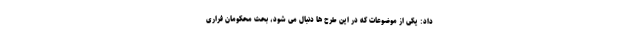
داد: یکی از موضوعات که در این طرح ها دنبال می شود، بحث محکو‌مان فراری